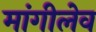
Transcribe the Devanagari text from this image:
मांगीलेव